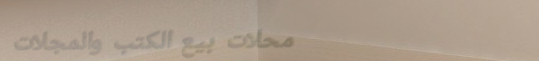
محلات بيع الكتب والمجلات